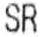
SR